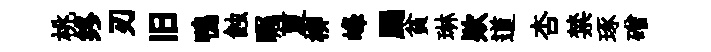
桃终刃旧鴨蝕瞩夏柳峰颺貧琳欵道杏禁琢磳